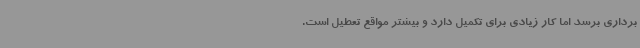
برداری برسد اما کار زیادی برای تکمیل دارد و بیشتر مواقع تعطیل است.